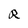
Character: R